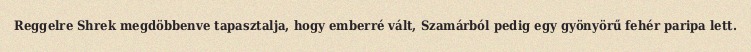
Reggelre Shrek megdöbbenve tapasztalja, hogy emberré vált, Szamárból pedig egy gyönyörű fehér paripa lett.